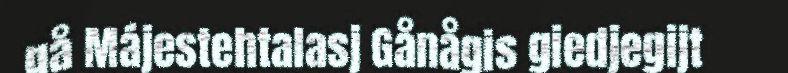
gå Májestehtalasj Gånågis giedjegijt